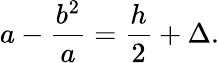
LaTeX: a-\frac{b^{2}}{a}=\frac{h}{2}+\Delta.